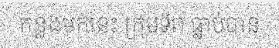
កន្លងមកនេះ ក្រុមទ័ព ធ្លាប់បាន